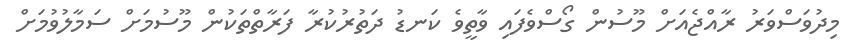
މިދުވަސްވަރު ރާއްޖެއަށް މޫސުން ގޯސްވެފައި ވާތީވެ ކަނޑު ދަތުރުކުރާ ފަރާތްތަކުން މޫސުމަށް ސަމާލުވުމަށް